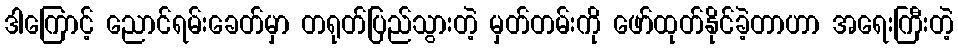
ဒါကြောင့် ညောင်ရမ်းခေတ်မှာ တရုတ်ပြည်သွားတဲ့ မှတ်တမ်းကို ဖော်ထုတ်နိုင်ခဲ့တာဟာ အရေးကြီးတဲ့